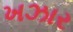
ખઝાર